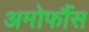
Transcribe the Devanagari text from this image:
अमोर्फौस